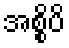
အစ္စိပိ